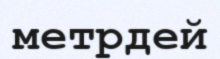
метрдей